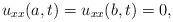
LaTeX: \begin{align*}u_{xx}(a,t)=u_{xx}(b,t)=0,\end{align*}